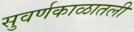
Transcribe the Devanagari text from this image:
सुवर्णकाळातली